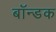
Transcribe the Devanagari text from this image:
बॉन्डक